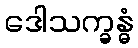
ဒေါသက္ခန္ဓံ